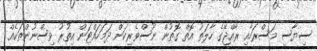
ސިޔާސީ މަސްރަހާއި ރާއްޖޭގެ ހާލަތު އޮތް ގޮތުން ނޫސްވެރިކަން ދަމަހައްޓަން އިތުރު ވިސްނުންތަކެއް